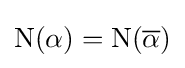
\mathrm {N} (\alpha )=\mathrm {N} ({\overline {\alpha }})